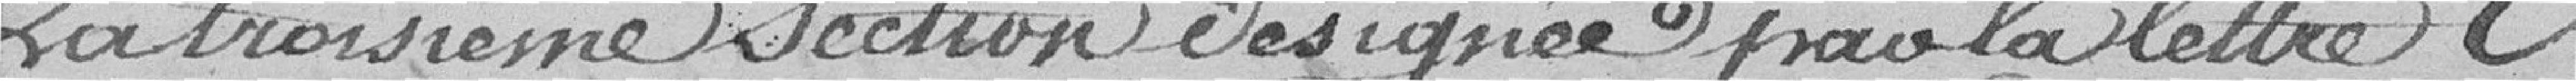
La troisième section désignée par la lettre C